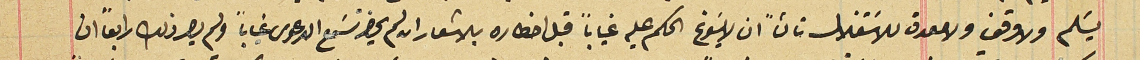
يسَلم ولاوقف ولا معدة للاسَتغلال ثالثاً ان لا يسَوغ الحكم عليه غياباً قبل اخطاره بالاشعار الن لم يحضر تسَمع الدعوى غياباً ولم يصر ذلك رابعاً ان